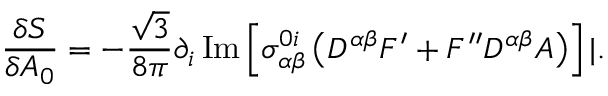
\frac { \delta S } { \delta A _ { 0 } } = - \frac { \sqrt { 3 } } { 8 \pi } \partial _ { i } \, \mathrm { I m } \left[ \sigma _ { \alpha \beta } ^ { 0 i } \left( D ^ { \alpha \beta } { \cal F } ^ { \prime } + { \cal F } ^ { \prime \prime } D ^ { \alpha \beta } { \cal A } \right) \right] | .